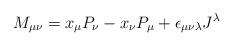
LaTeX: \begin{align*}M_{\mu\nu}=x_{\mu}P_{\nu}-x_{\nu}P_{\mu}+\epsilon_{\mu\nu\lambda}J^{\lambda}\end{align*}